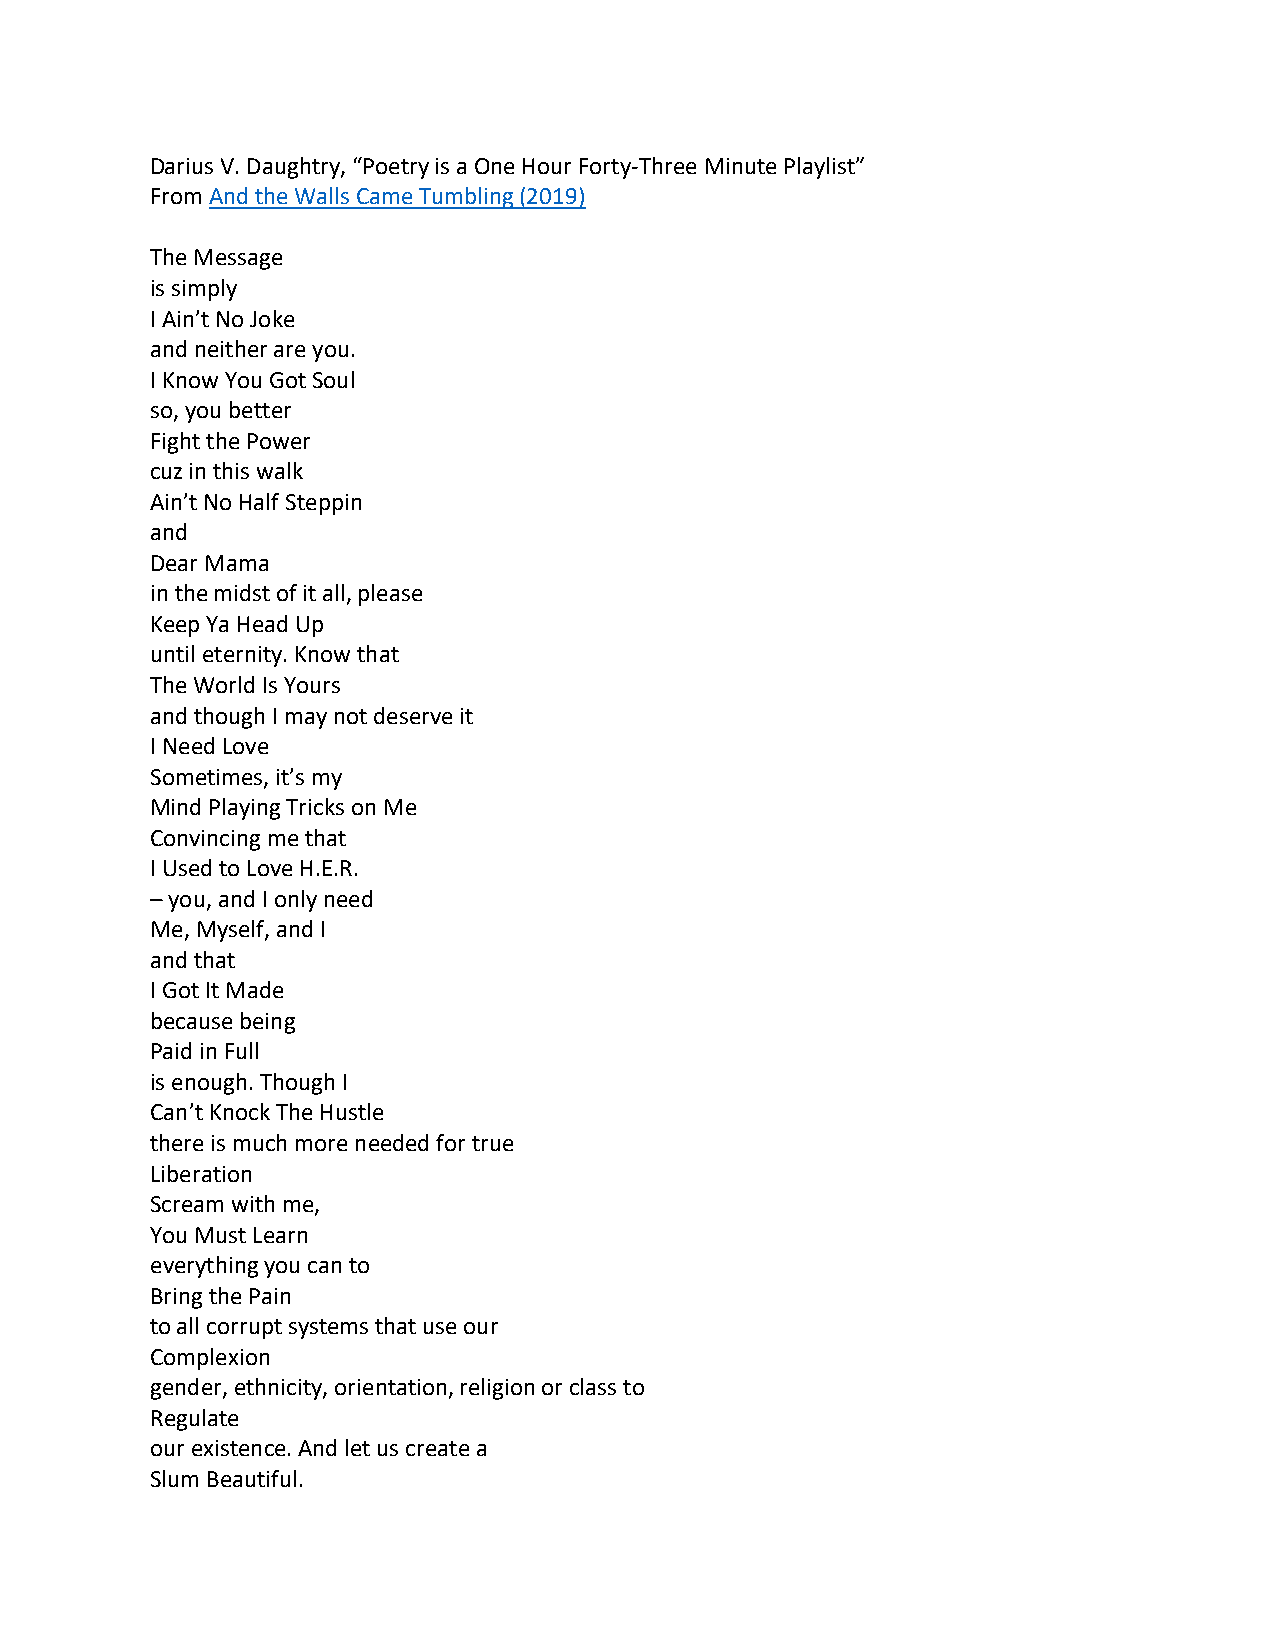
Darius V. Daughtry, “Poetry is a One Hour Forty-Three Minute Playlist”
 From And the Walls Came Tumbling (2019)
 The Message
 is simply
 I Ain’t No Joke
 and neither are you.
 I Know You Got Soul
 so, you better
 Fight the Power
 cuz in this walk
 Ain’t No Half Steppin
 and
 Dear Mama
 in the midst of it all, please
 Keep Ya Head Up
 until eternity. Know that
 The World Is Yours
 and though I may not deserve it
 I Need Love
 Sometimes, it’s my
 Mind Playing Tricks on Me
 Convincing me that
 I Used to Love H.E.R.
 – you, and I only need
 Me, Myself, and I
 and that
 I Got It Made
 because being
 Paid in Full
 is enough. Though I
 Can’t Knock The Hustle
 there is much more needed for true
 Liberation
 Scream with me,
 You Must Learn
 everything you can to
 Bring the Pain
 to all corrupt systems that use our
 Complexion
 gender, ethnicity, orientation, religion or class to
 Regulate
 our existence. And let us create a
 Slum Beautiful.